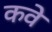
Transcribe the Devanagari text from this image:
कवे